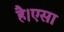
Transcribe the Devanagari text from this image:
है।एसा